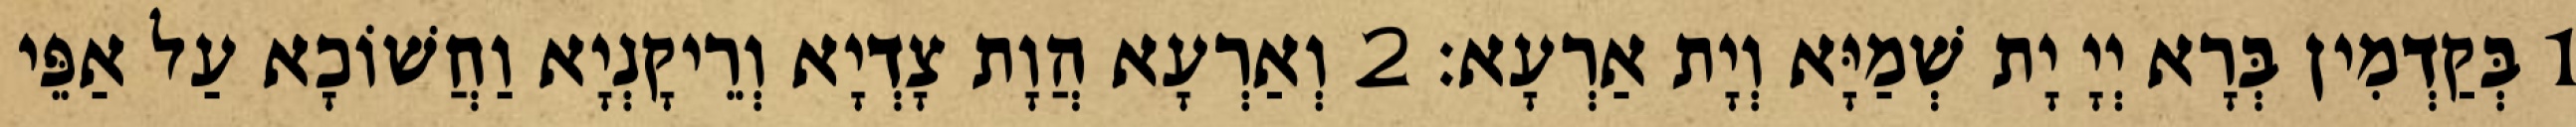
1 בְּקַדְמִין בְּרָא יְיָ יָת שְׁמַיָּא וְיָת אַרְעָא׃ 2 וְאַרְעָא הֲוָת צָדְיָא וְרֵיקָנְיָא וַחֲשׁוֹכָא עַל אַפֵּי